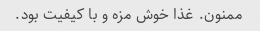
ممنون. غذا خوش مزه و با کیفیت بود.